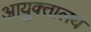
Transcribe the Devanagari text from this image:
आयुक्‍तालय